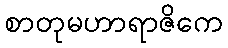
စာတုမဟာရာဇိကေ